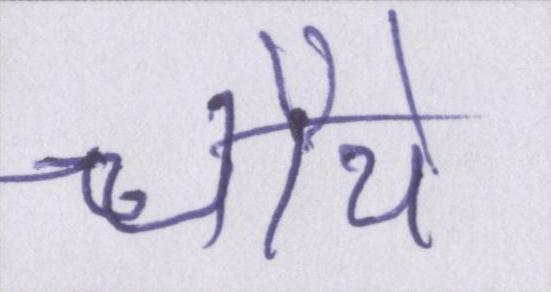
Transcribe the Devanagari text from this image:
चौथे